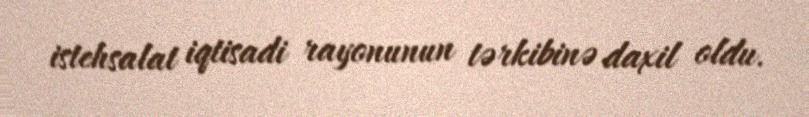
istehsalat iqtisadi rayonunun tərkibinə daxil oldu.